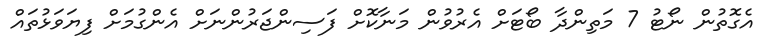
އެގޮތުން ނޯޓު 7 މަތިންދާ ބޯޓަށް އެރުވުން މަނާކޮށް ފަސިންޖަރުންނަށް އެންގުމަށް ފިޔަވަޅުތައް